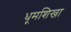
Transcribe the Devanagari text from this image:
धूमशिखा